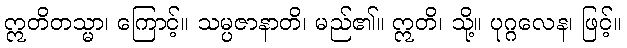
ဣတိတသ္မာ၊ ကြောင့်။ သမ္ပဇာနာတိ၊ မည်၏။ ဣတိ၊ သို့။ ပုဂ္ဂလေန၊ ဖြင့်။